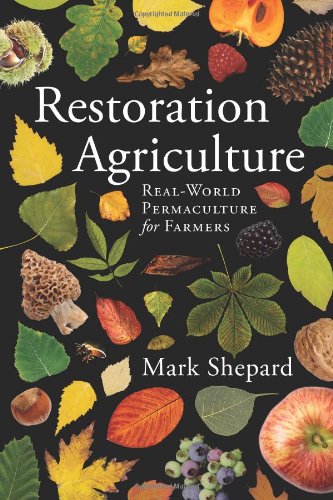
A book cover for Restoration Agriculture; Mark Shepard; Crafts, Hobbies & Home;